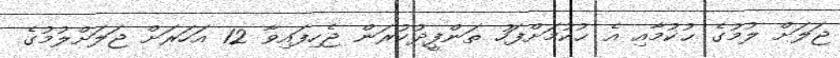
ޖަލަށް ލުމުގެ ޙުކުމާއި އެ ޙުކުމަށްފަހު ތަންފީޛުކުރަން ޖެހިފައިވާ 12 އަހަރަށް ޖަލަށްލުމުގެ